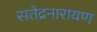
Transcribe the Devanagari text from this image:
सतेंद्रनारायण